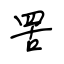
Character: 罟